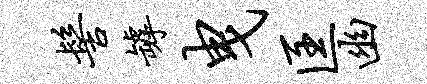
髻罅曳匡幽